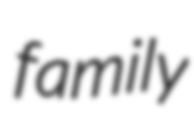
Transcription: family